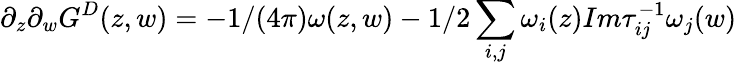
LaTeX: \partial_{z}\partial_{w}G^{D}(z,w)=-1/(4\pi)\omega(z,w)-1/2\sum_{i,j}\omega_{i}(z)Im\tau_{ij}^{-1}\omega_{j}(w)